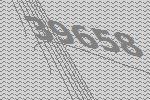
39658